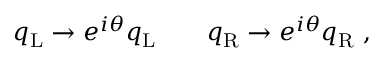
q _ { \mathrm { { L } } } \rightarrow e ^ { i \theta } q _ { \mathrm { { L } } } \qquad q _ { \mathrm { { R } } } \rightarrow e ^ { i \theta } q _ { \mathrm { { R } } } ~ ,